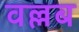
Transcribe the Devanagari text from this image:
वल्लब